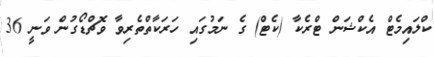
ކްލައިމެޓް އެކްޝަން ޓްރެކާ (ކެޓް) ގެ ނަމުގައި ހަރަކާތްތެރިވާ ވޮޗްޑޯގުން ވަނީ 36